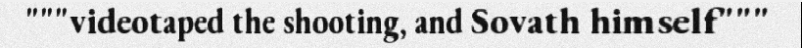
"""videotaped the shooting, and Sovath himself"""